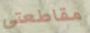
مقاطعتي